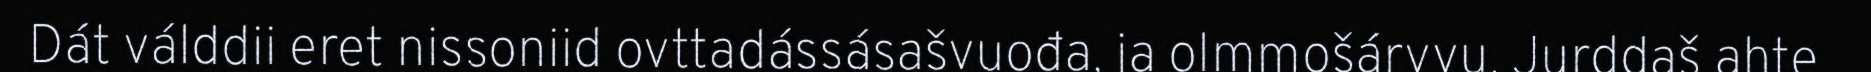
Dát válddii eret nissoniid ovttadássásašvuođa, ja olmmošárvvu. Jurddaš ahte